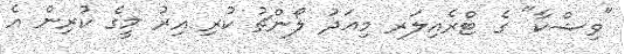
"ވިޝްކާ" ގެ ޓްރެއިލަރ މިއަދު ލޯންޗު ކުރި އިރު މީގެ ކުރިން އެ